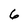
Character: 6